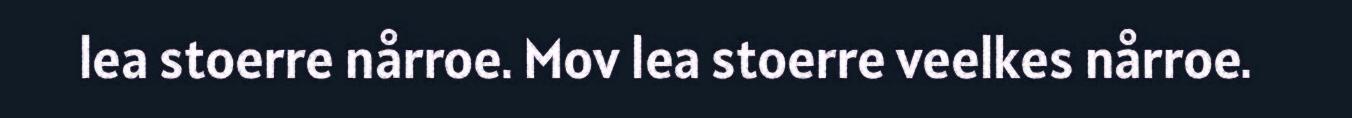
lea stoerre nårroe. Mov lea stoerre veelkes nårroe.